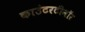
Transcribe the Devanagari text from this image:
काउंटरटीनॉर